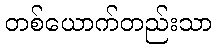
တစ်ယောက်တည်းသာ